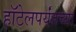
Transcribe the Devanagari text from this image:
हॉटेलपर्यंतच्या